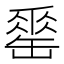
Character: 𦉈